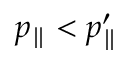
p _ { \parallel } < p _ { \parallel } ^ { \prime }